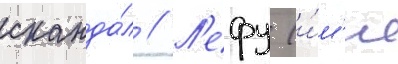
сканда́л // Л'ефу (и́м'я